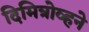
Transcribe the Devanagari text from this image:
दिमित्रोव्हने